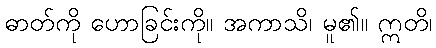
ဓာတ်ကို ဟောခြင်းကို။ အကာသိ၊ မူ၏။ ဣတိ၊